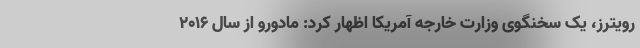
رویترز، یک سخنگوی وزارت خارجه آمریکا اظهار کرد: مادورو از سال ۲۰۱۶